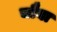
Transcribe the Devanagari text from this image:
चौघा